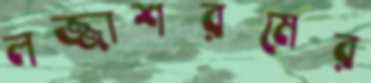
লজ্জাশরমের